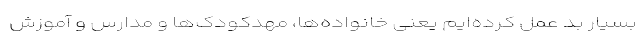
بسیار بد عمل کرده‌ایم یعنی خانواده‌‌ها، مهدکودک‌ها و مدارس و آموزش